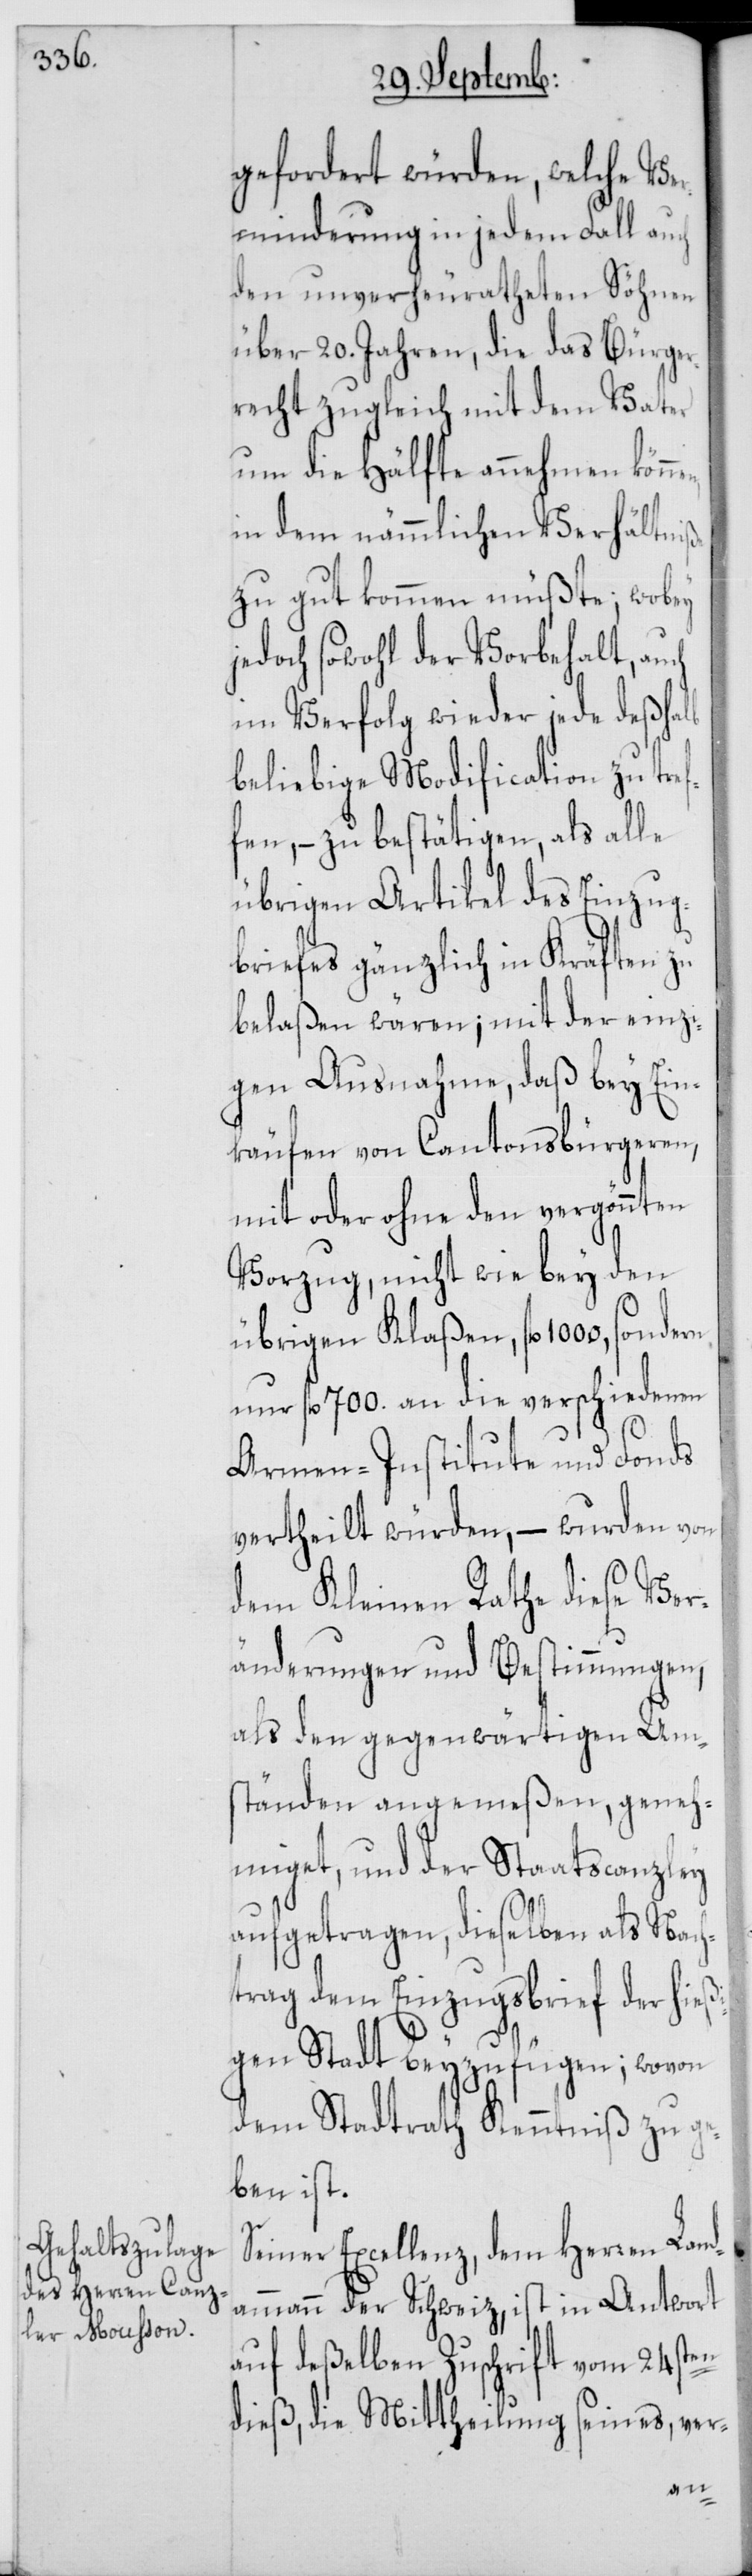
gefordert würden, welche Ve¬
rminderung in jedem Fall auch
den unverheuratheten Söhnen
über 20. Jahren, die das Bürger¬
recht zugleich mit dem Vater
um die Hälfte annehmen könn¬
in dem nämmlichen Verhältniße
zu gut kommen müßte; wobey
jedoch sowohl der Vorbehalt, auch
im Verfolg wieder jede deßhalb
beliebige Modification zu tref¬
fen, – zu bestätigen, als alle
übrigen Artikel des Einzug¬
briefes gänzlich in Kräften zu
belaßen wären; mit der einzi¬
gen Ausnahme, daß bey Ein¬
käufen von Cantonsbürgeren,
mit oder ohne den vergönnten
Vorzug, nicht wie bey den
übrigen Klaßen, fl. 1000, sonde¬
nur fl. 700. an die verschiedenen
Armen-Institute und Fonds
vertheilt würden, – wurden von
dem Kleinen Rathe diese Ver¬
änderungen und Bestimmungen,
als den gegenwärtigen Um¬
ständen angemeßen, geneh¬
miget, und der Staatscanzley
aufgetragen, dieselben als Nach¬
trag dem Einzugsbrief der hieß¬
igen Stadt beyzufügen; wovon
dem Stadtrath Kenntniß zu ge¬
ben ist.
Seiner Excellenz, dem Herren Land¬
ammann der Schweitz, ist in Antwort
auf deßelben Zuschrift vom 24sten
dieß, die Mittheilung seines, ver-
rn